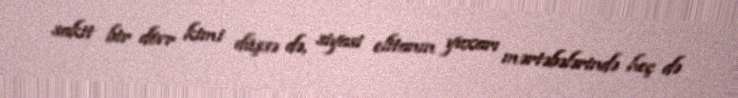
sakit bir dövr kimi düşsə də, siyasi elitanın yuxarı mərtəbələrində heç də